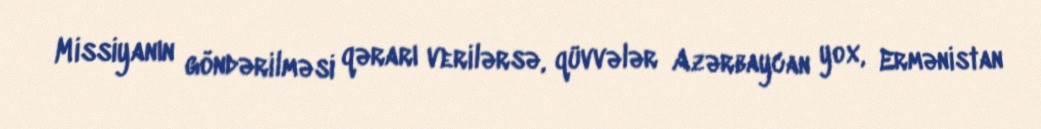
Missiyanın göndərilməsi qərarı verilərsə, qüvvələr Azərbaycan yox, Ermənistan